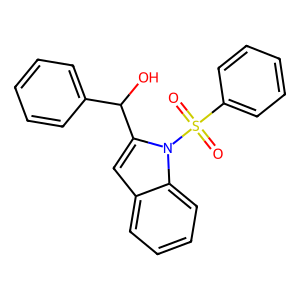
SMILES: O=S(=O)(c1ccccc1)n1c(C(O)c2ccccc2)cc2ccccc21
Inhibits HIV replication: No